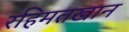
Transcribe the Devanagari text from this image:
रहिमतखान